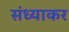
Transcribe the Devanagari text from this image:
संध्याकर